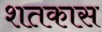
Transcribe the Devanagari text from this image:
शतकास